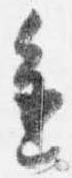
進